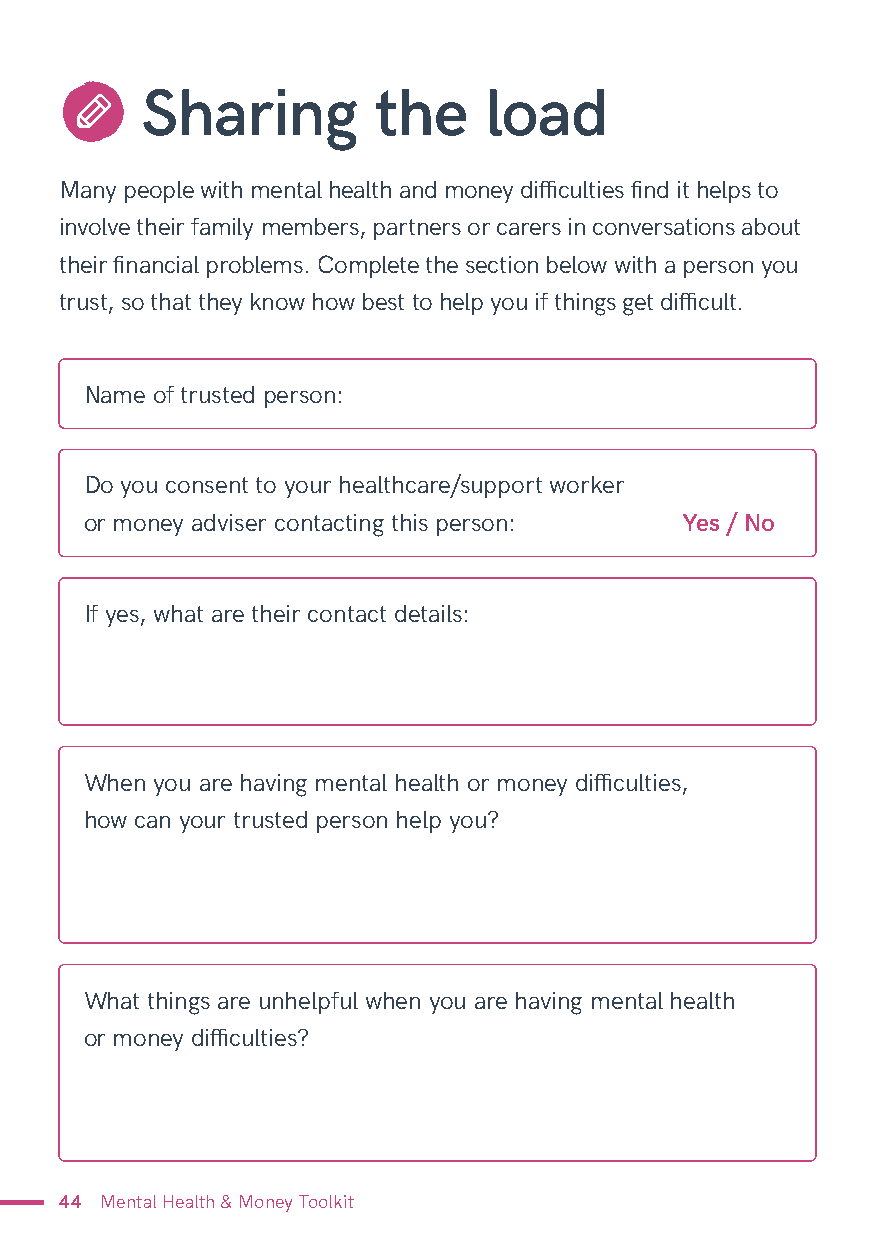
Sharing         the    load
 Many people with mental health and money difficulties find it helps to
 involve their family members, partners or carers in conversations about
 their financial problems. Complete the section below with a person you
 trust, so that they know how best to help you if things get difficult.
 Name of trusted person:
 Do you consent to your healthcare/support worker
 or money adviser contacting this person: Yes / No
 If yes, what are their contact details:
 When you are having mental health or money difficulties,
 how can your trusted person help you?
 What things are unhelpful when you are having mental health
 or money difficulties?
 44 Mental Health & Money Toolkit